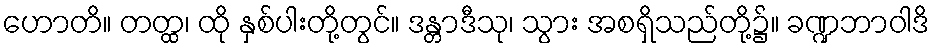
ဟောတိ။ တတ္ထ၊ ထို နှစ်ပါးတို့တွင်။ ဒန္တာဒီသု၊ သွား အစရှိသည်တို့၌။ ခဏ္ဍဘာဝါဒိ